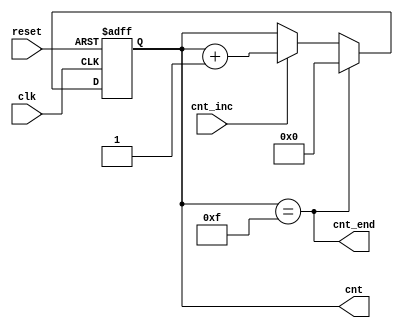
module counter #(
    parameter END=15,
    parameter WIDTH=4
)(
    input clk, 
    input reset, 
    input cnt_inc, 
    output cnt_end, 
    output reg[WIDTH-1:0] cnt
);

assign cnt_end = (cnt == END);

always @(posedge clk, posedge reset) begin
	if (reset) cnt <= 0;
	else if (cnt_end) cnt <= 0;
	else if (cnt_inc) cnt <= cnt + 1;
end

endmodule